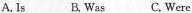
A. Is B. Was C. Were